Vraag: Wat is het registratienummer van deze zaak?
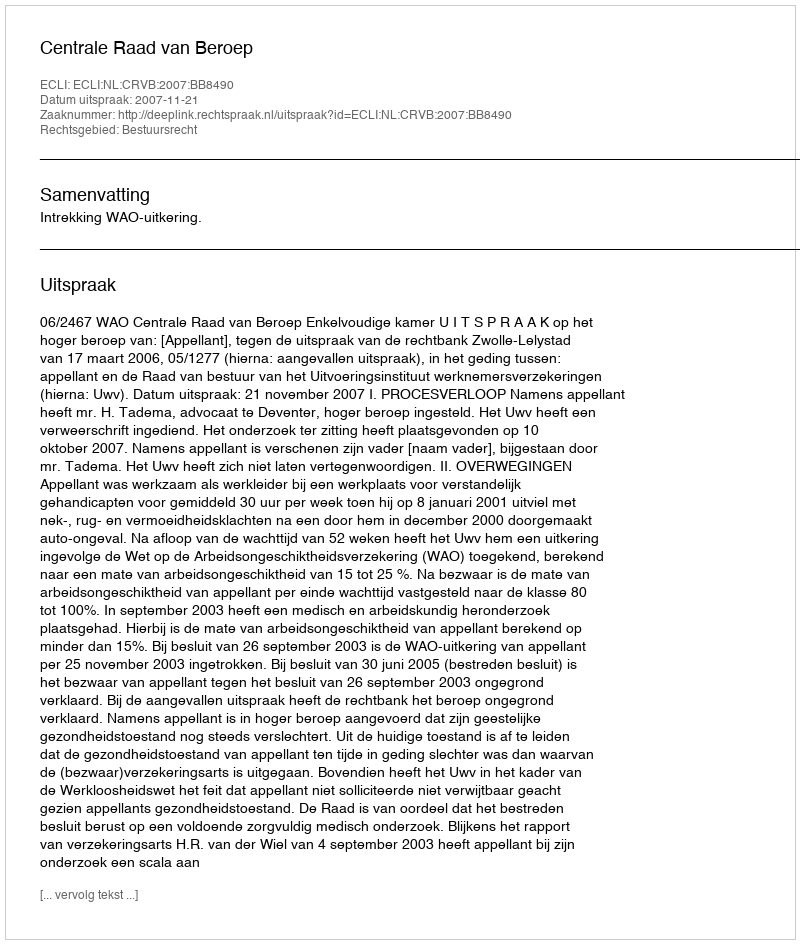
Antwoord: http://deeplink.rechtspraak.nl/uitspraak?id=ECLI:NL:CRVB:2007:BB8490